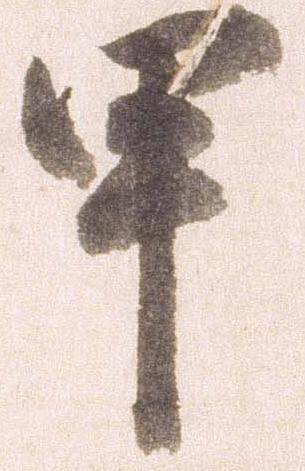
甲